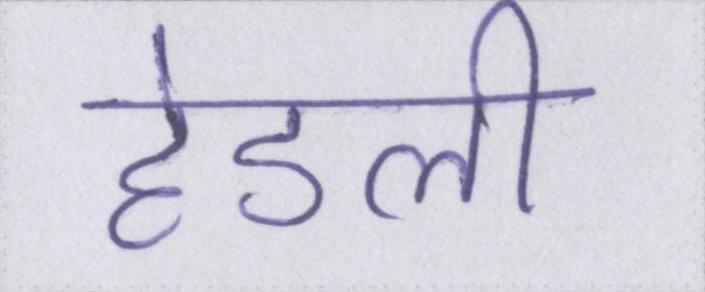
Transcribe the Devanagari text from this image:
हेडली